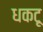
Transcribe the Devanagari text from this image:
धकटू